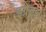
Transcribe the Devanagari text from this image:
इग्रेट्स